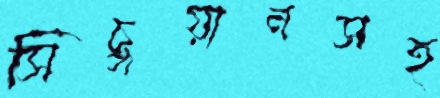
সিচুয়ানসহ